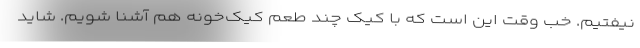
نیفتیم. خب وقت این است که با کیک چند طعم کیک‌خونه هم آشنا شویم. شاید